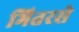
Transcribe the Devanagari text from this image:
भितरसे